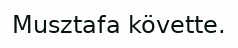
Musztafa követte.